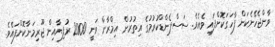
ވާންޖެހޭނެކަން ފާހަގަކޮށްފައި ވެއެވެ. ސަސްޕެންޑްކުރުމުގެ އިތުރުން އިމްރާން ވަނީ 2000 ރުފިޔާއިން ޖޫރިމަނާކޮށްފައެވެ.